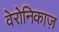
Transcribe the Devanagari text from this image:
वेरोनिकाज़